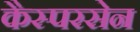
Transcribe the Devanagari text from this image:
कैस्परसेन